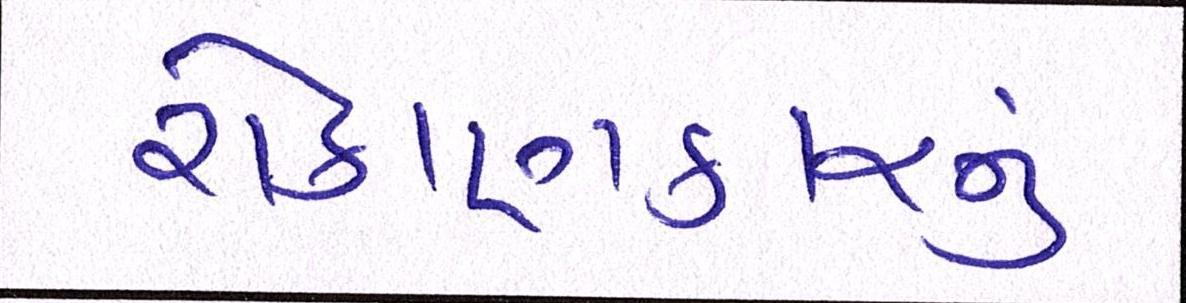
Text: રોકાણકારનું